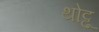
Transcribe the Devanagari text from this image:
थोट्टू